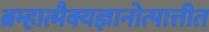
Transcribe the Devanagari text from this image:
ब्रम्हात्मैक्यज्ञानोत्पात्तीत